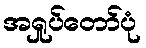
အရှုပ်တော်ပုံ